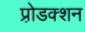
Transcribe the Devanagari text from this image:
प्रो़डक्शन